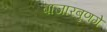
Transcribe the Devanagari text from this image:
बाजारबुणगे